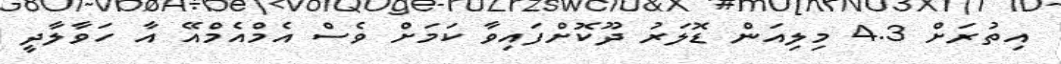
އިތުރަށް 4.3 މިލިއަން ޑޮލަރު ދޫކޮށްފައިވާ ކަމަށް ވެސް އެމްއެމްއޭ އާ ހަވާލާދީ